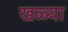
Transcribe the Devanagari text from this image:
खळ्या